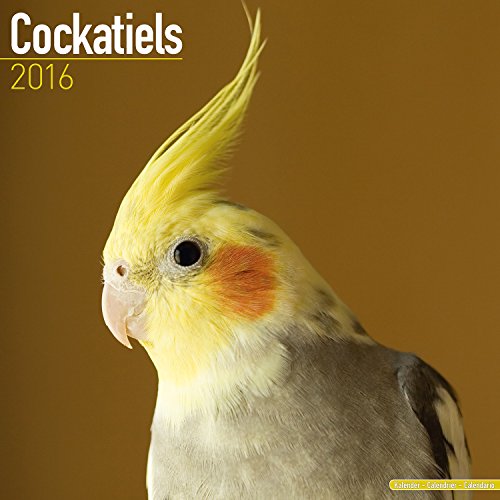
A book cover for Cockatiels Calendar - Only Cockatiels Calendar - 2016 Wall calendars - Animal Calendars - Monthly Wall Calendar by Avonside; MegaCalendars; Crafts, Hobbies & Home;